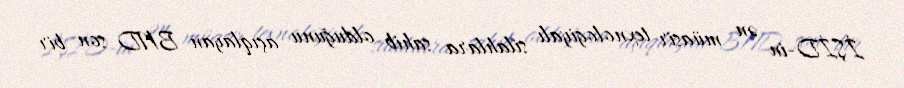
İŞİD-in ən müasir texnologiyalı silahlara sahib olduğunu açıqlayan BND son bir